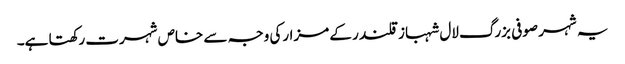
یہ شہر صوفی بزرگ لال شہباز قلندر کے مزارکی وجہ سے خاص شہرت رکھتا ہے۔